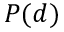
P ( d )